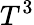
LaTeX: T^{3}